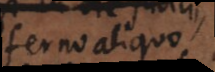
inferno aliquo